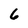
Character: 6